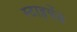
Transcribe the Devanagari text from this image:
स्टाइपेंड